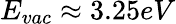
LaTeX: E_{vac}\approx 3.25eV